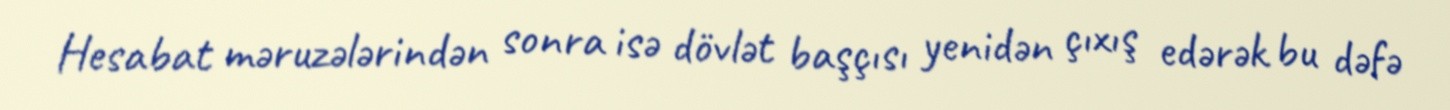
Hesabat məruzələrindən sonra isə dövlət başçısı yenidən çıxış edərək bu dəfə